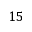
1 5